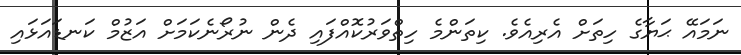
ނަމައޭ ޙަޔާގެ ހިތަށް އެރިއެވެ. ކިތަންމެ ހިތްވަރުކޮއްފައި ދެން ނުރޯނެކަމަށް އަޒުމް ކަނޑައަޅައި